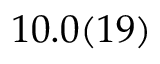
1 0 . 0 ( 1 9 )